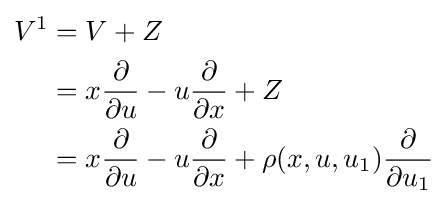
{\begin{aligned}V^{1}&=V+Z\\&=x{\frac {\partial }{\partial u}}-u{\frac {\partial }{\partial x}}+Z\\&=x{\frac {\partial }{\partial u}}-u{\frac {\partial }{\partial x}}+\rho (x,u,u_{1}){\frac {\partial }{\partial u_{1}}}\end{aligned}}